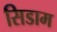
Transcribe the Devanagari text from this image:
सिडाम